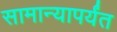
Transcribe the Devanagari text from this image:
सामान्यापर्यंत